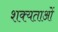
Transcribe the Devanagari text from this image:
शक्यताओं